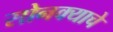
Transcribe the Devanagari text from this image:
सोनक्याचे